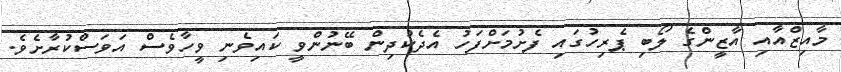
މާއިޒްއާއި އާޒީންގެ ލޯބި ޕެރިހުގައި ފެށުމަށްފަހު އެދެކުދިން ބޭނުންވީ ކައިވެނި ވީހާވެސް އަވަސްކުރާށެވެ.